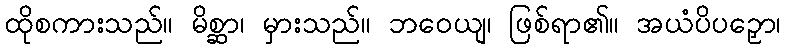
ထိုစကားသည်။ မိစ္ဆာ၊ မှားသည်။ ဘဝေယျ၊ ဖြစ်ရာ၏။ အယံပိပဉှော၊